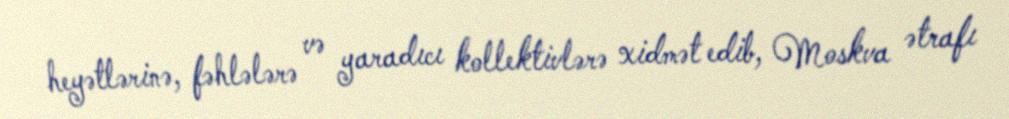
heyətlərinə, fəhlələrə və yaradıcı kollektivlərə xidmət edib, Moskva ətrafı